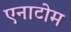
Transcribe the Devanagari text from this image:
एनाटोम